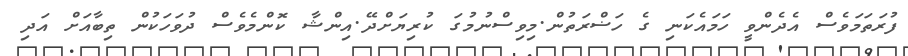
ފުރަތަމަވެސް އެދެންވީ ހަމައެކަނި ގެ ހަޟްރަތުން.މިވިސްނުމުގަ ކުރިޔަށްދޭ.އިންޝާ ކޮންމެވެސް ދުވަހަކުން ތިބާއަށް އަދި